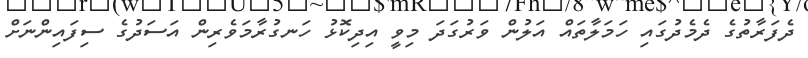
ދެފަރާތުގެ ދެމެދުގައި ހަމަލާތައް އަލުން ވަރުގަދަ މިވީ އިދިކޮޅު ހަނގުރާމަވެރިން އަސަދުގެ ސިފައިންނަށް